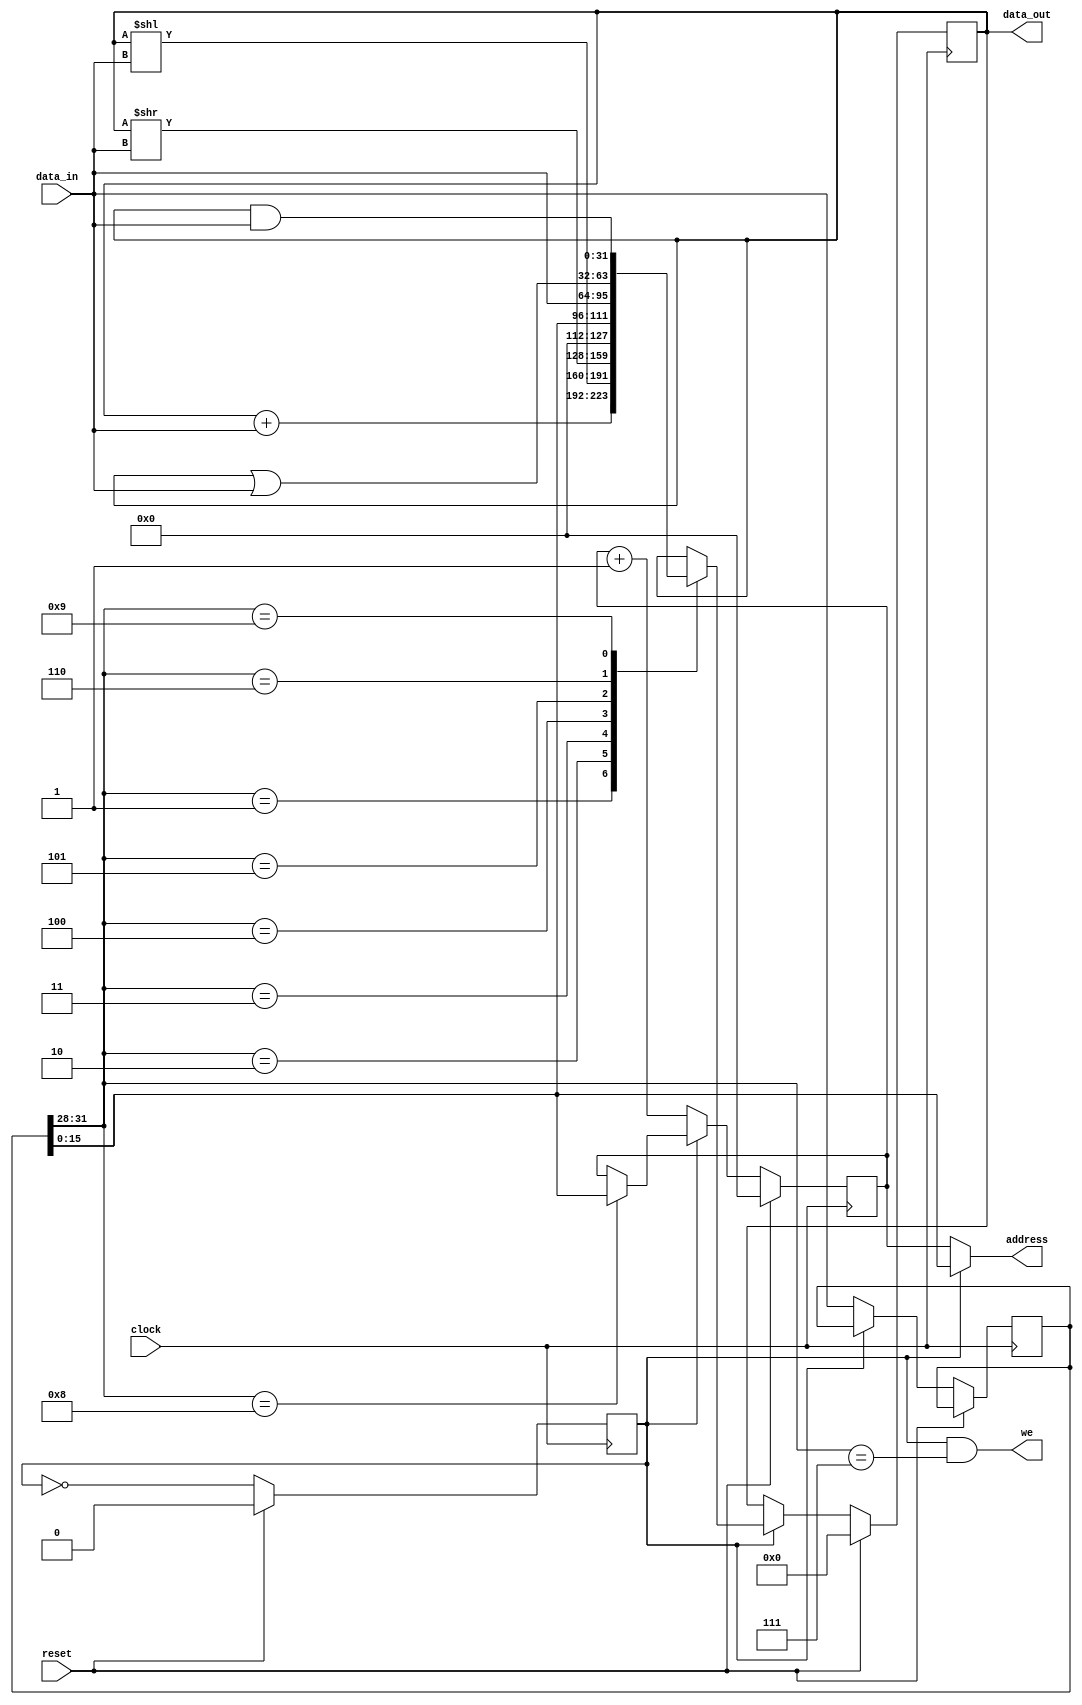
module CPU(output [31:0] data_out, output[15:0] address, output we, input[31:0] data_in, input reset, clock);
    // Define 16-bit program counter (PC), 32-bit instruction register (IR) and 32-bit ACcumulator (AC)
    reg [15:0] PC;
    reg [31:0] IR;
    reg [31:0] AC;

    // 1'b0 = Fetching next instruction
    // 1'b1 = Executing next instruction
    reg	fetch_or_execute;

    // Address is the PC for fetching (to get next instruction), otherwise IR is the address in case we are loading or saving data
    assign address = fetch_or_execute ? IR[15:0] : PC;

    // Enable write line when executing a store command (opcode = 4'b0111)
    assign we = fetch_or_execute & (IR[31:28] == 4'b0111);

    // Wire is only used when write enable (we) is high, when this happens we want to store the AC values
    assign data_out = AC;

    always @(posedge clock) begin
        // Active HIGH reset
        if (reset) begin
            // On reset, set to fetch initially and start fetching from 0 (PC=0)
            // set AC to 0 by default
            fetch_or_execute <= 0;
            PC <= 16'h0000;
            AC <= 32'd0;
        end
        else begin
            if (!fetch_or_execute) begin
                // Fetch next instruction
                // Load in the instruction to the IR and increment PC for next time
                IR <= data_in;
                PC <= PC + 1;
            end
            else begin
                // Execute instruction
                // 4 MSB of IR are the opcode
                case (IR[31:28])
                    // Add AC <= AC + mem(IR[15:0])
                    4'b0001: begin
                        AC <= AC + data_in;
                    end

                    // Shift AC <= AC << mem(IR[15:0])
                    4'b0010: begin
                        AC <= AC << data_in;
                    end

                    // Shift AC <= AC >> mem(IR[15:0])
                    4'b0011: begin
                        AC <= AC >> data_in;
                    end

                    // Load AC immediate AC <= IR[15:0]
                    4'b0100: begin
                        AC <= {16'd0, IR[15:0]};
                    end
                    
                    // Load AC <= mem(IR[15:0])
                    4'b0101: begin
                        AC <= data_in;
                    end
                            
                    // AC <= AC | mem(IR[15:0])
                    4'b0110: begin
                        AC <= AC | data_in;
                    end

                    // Store mem(IR[15:0]) <= AC
                    4'b0111: begin
                        // Do nothing, the write enable line (we) will be set high
                    end

                    // Branch PC <= IR[15: 0]
                    4'b1000: begin 
                        PC <= IR[15:0];
                    end

                    // AC <= AC & mem(IR[15:0])
                    4'b1001: begin
                        AC <= AC & data_in;
                    end

                    // Default is to do nothing
                    default: begin
                    end
                endcase
            end

            // Toggle the fetch_or_execute on each clock cycle
            // Fetch, Execute, Fetch, Execute, ...
            fetch_or_execute <= ~fetch_or_execute;
        end
    end
endmodule